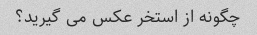
چگونه از استخر عکس می گیرید؟